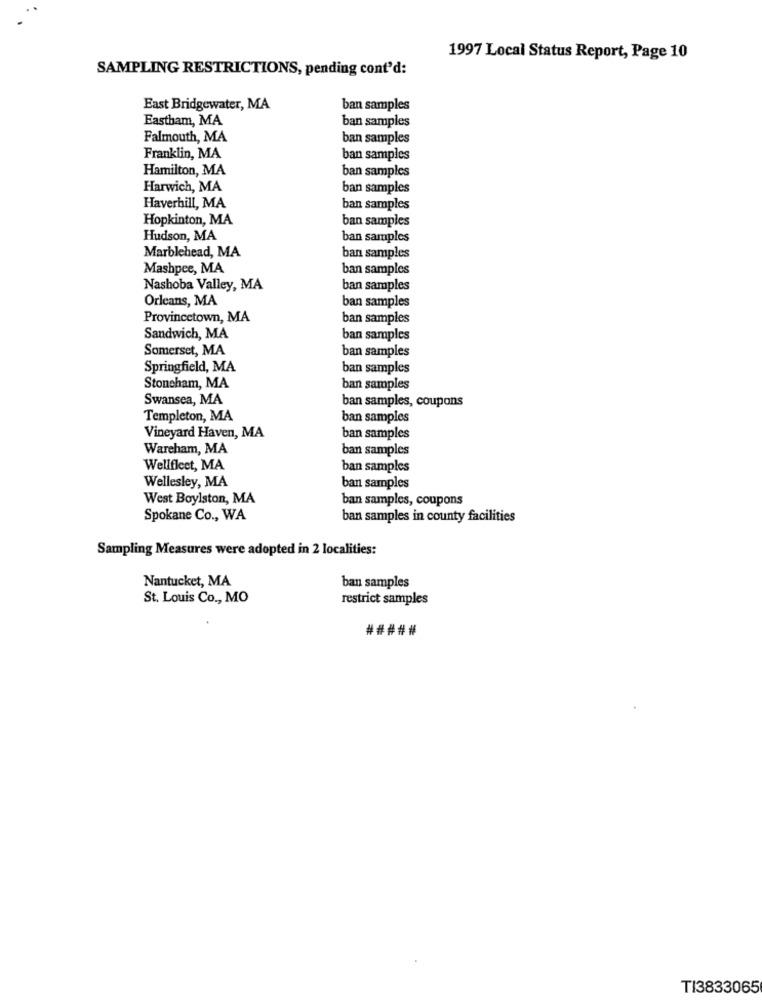
1997 Local Status Report, Page 10
SAMPLING RESTRICTIONS, pending cont'd:
East Bridgewater, MA
ban samples
Eastham, MA
ban samples
Falmouth, MA
ban samples
Franklin, MA
ban samples
Hamilton, MA
ban samples
Harwich, MA
ban samples
Haverhill, MA
ban samples
Hopkinton, MA
ban samples
Hudson, MA
ban samples
Marblehead, MA
ban samples
Mashpee, MA
ban samples
Nashoba Valley, MA
ban samples
Orleans, MA
ban samples
Provincetown, MA
ban samples
Sandwich, MA
ban samples
Somerset, MA
ban samples
Springfield, MA
ban samples
Stoneham, MA
ban samples
Swansea, MA
ban samples, coupons
Templeton, MA
ban samples
Vineyard Haven, MA
ban samples
Wareham, MA
ban samples
Wellfleet, MA
ban samples
Wellesley, MA
ban samples
West Boylston, MA
ban samples, coupons
Spokane Co ., WA
ban samples in county facilities
Sampling Measures were adopted in 2 localities:
Nantucket, MA
ban samples
St. Louis Co ., MO
restrict samples
#####
TI3833065